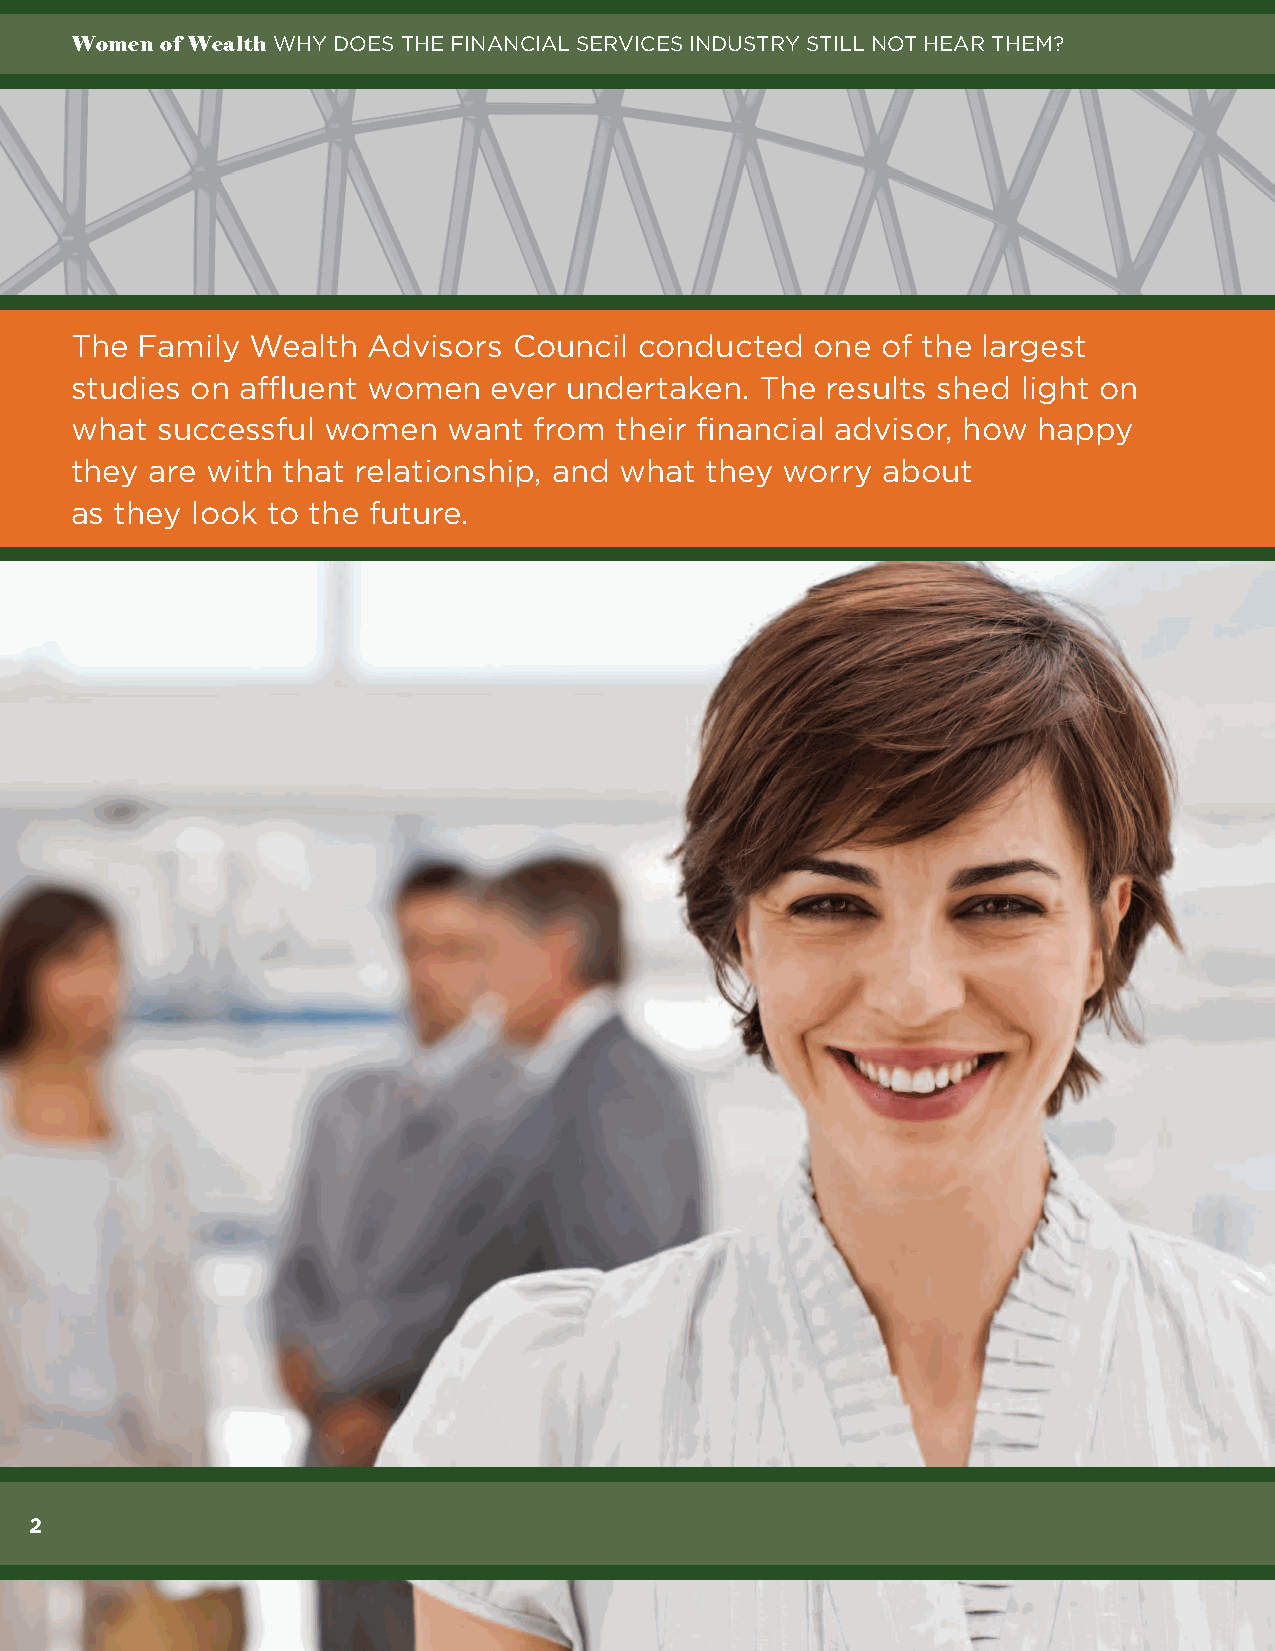
Women of Wealth WHY DOES THE FINANCIAL SERVICES INDUSTRY STILL NOT HEAR THEM?
 The Family  Wealth Advisors  Council conducted   one of the largest
 studies on affluent women  ever undertaken.  The  results shed light on
 what successful women    want from  their financial advisor, how happy
 they are with that relationship, and what they worry about
 as they look to the future.
 2